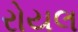
રોયલ